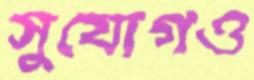
সুযোগও